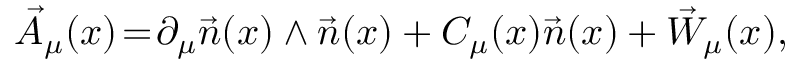
\vec { A } _ { \mu } ( x ) \! = \! \partial _ { \mu } \vec { n } ( x ) \wedge \vec { n } ( x ) + C _ { \mu } ( x ) \vec { n } ( x ) + \vec { W } _ { \mu } ( x ) ,